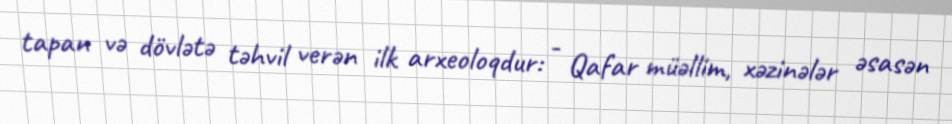
tapan və dövlətə təhvil verən ilk arxeoloqdur: - Qafar müəllim, xəzinələr əsasən